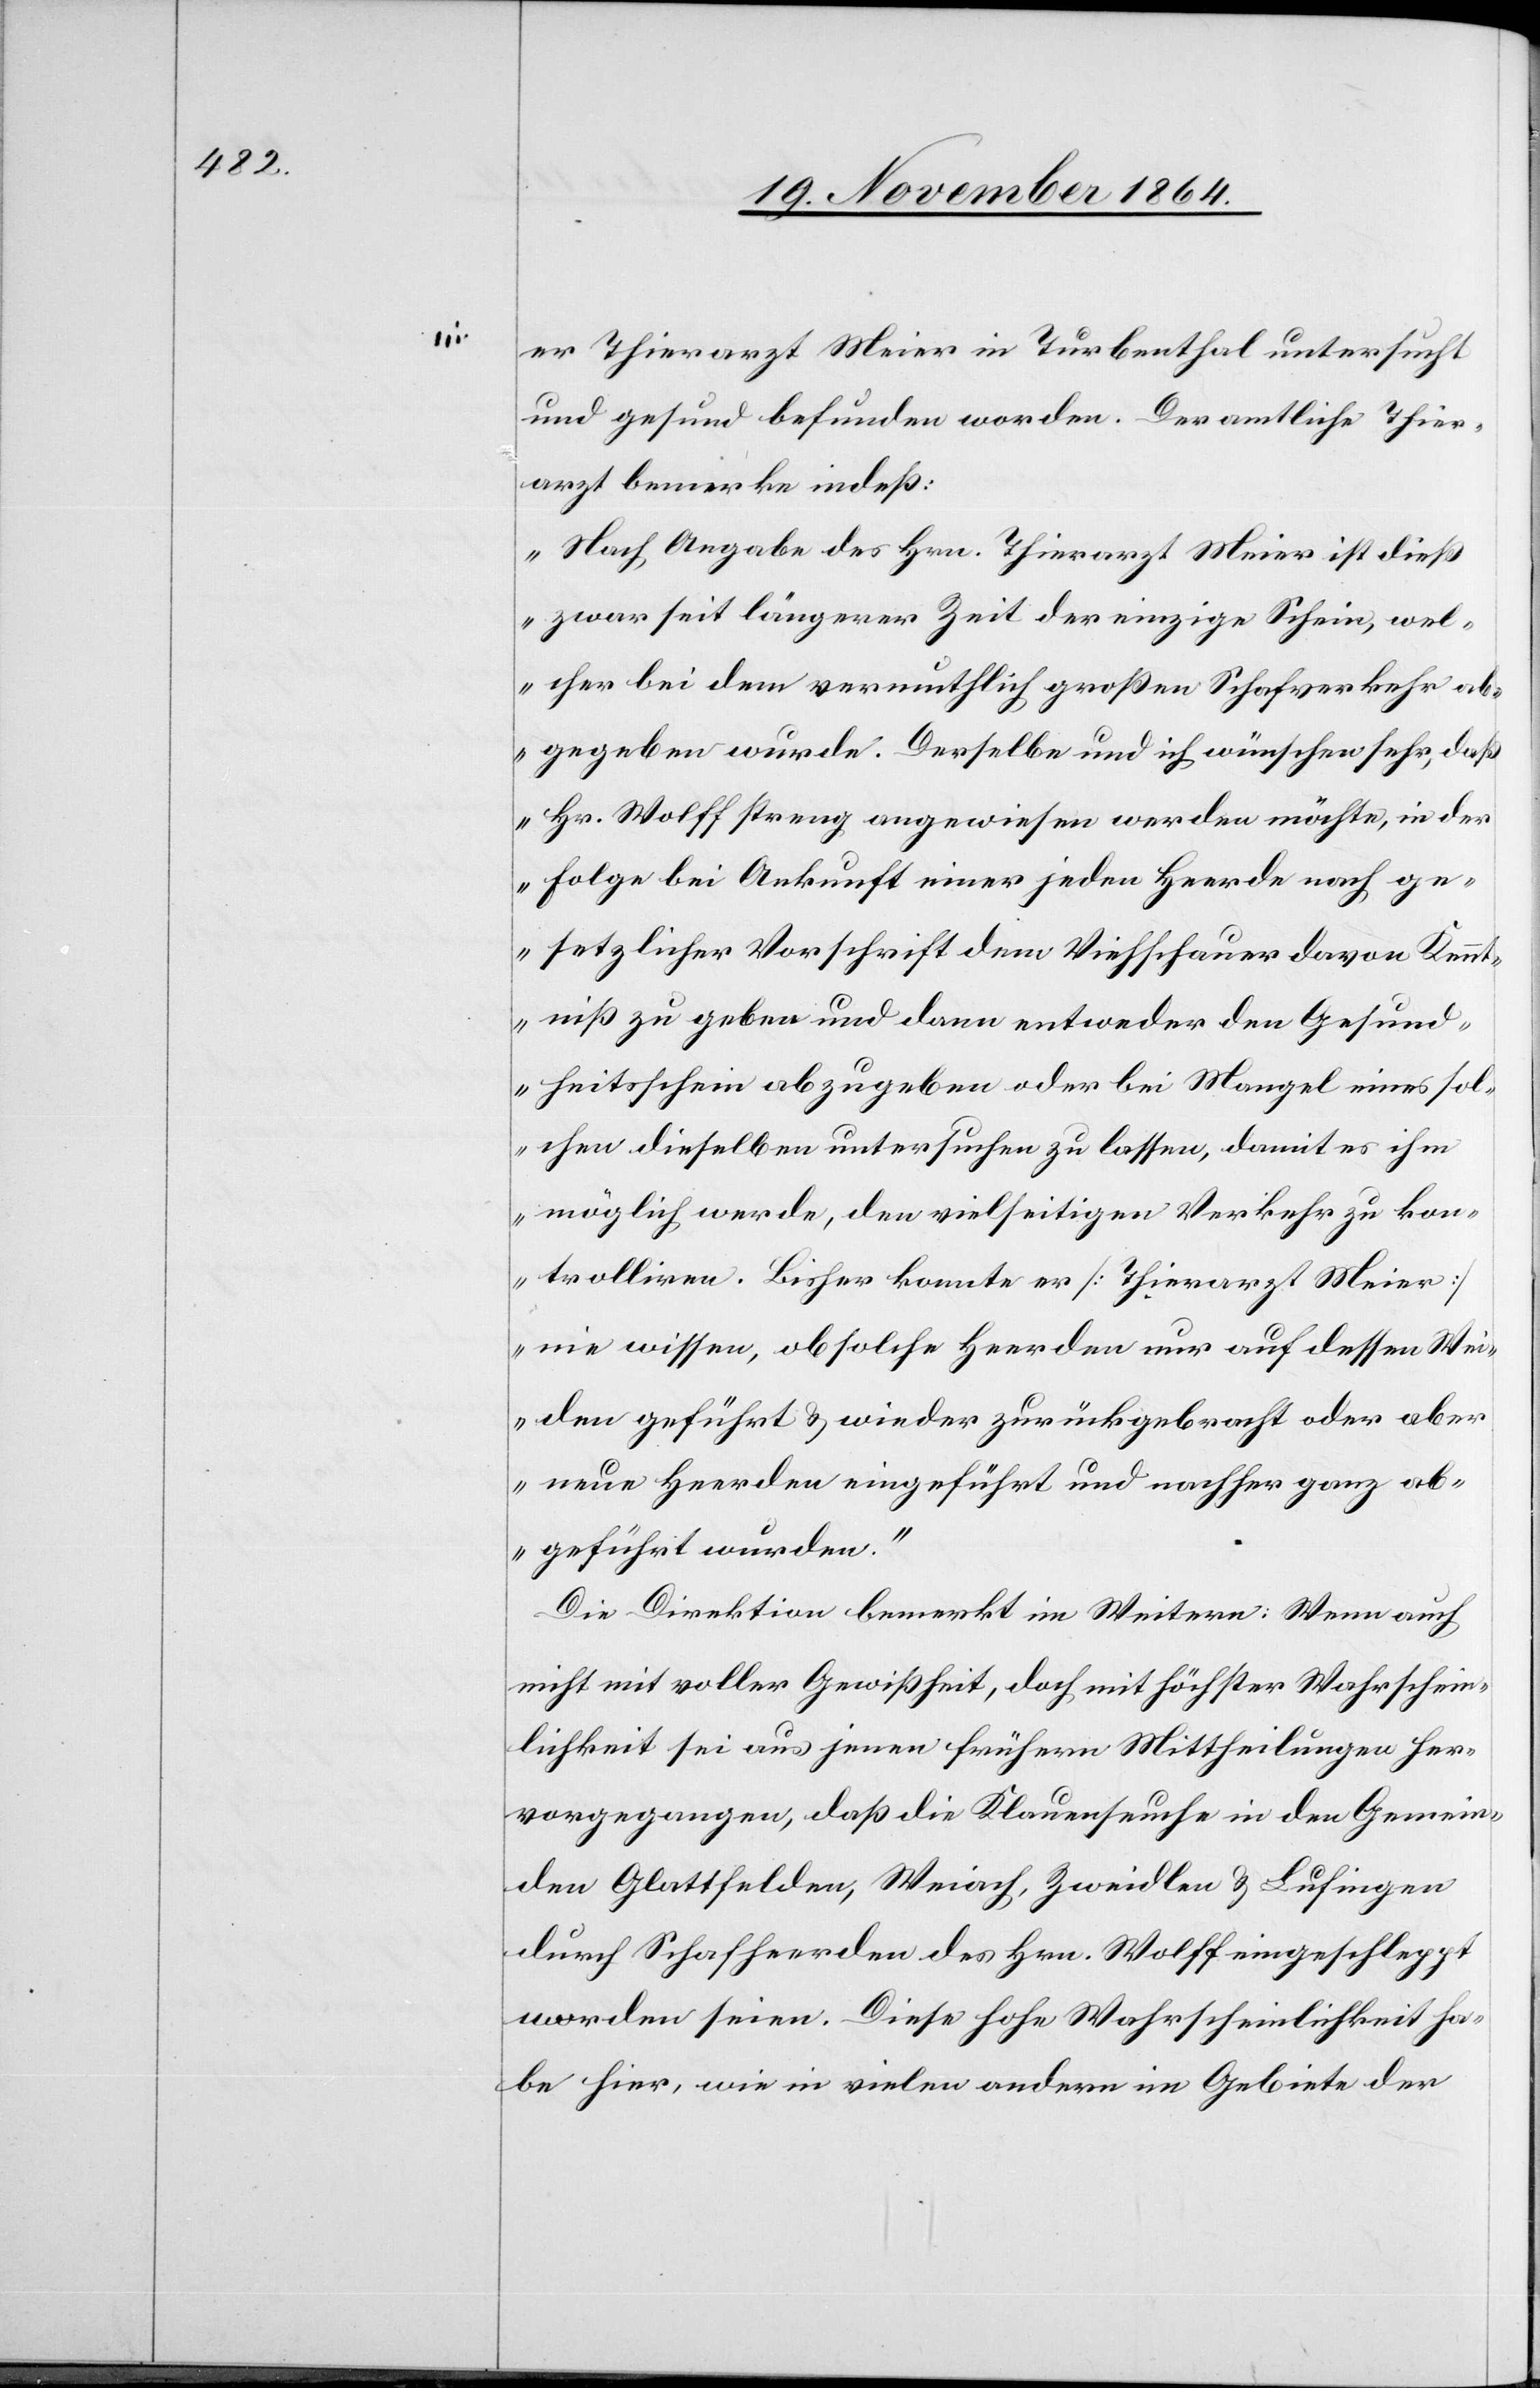
er Thierarzt Meier [sic!] in Turbenthal untersucht
und gesund befunden worden. Der amtliche Thier¬
arzt bemerkte indeß:
„Nach Angabe des Hrn. Thierarzt Meier ist dieß
zwar seit längerer Zeit der einzige Schein, wel¬
cher bei dem vermuthlich großen Schafverkehr ab¬
gegeben wurde. Derselbe und ich wünschen sehr, daß
Hr. Wolff streng angewiesen werden möchte, in der
Folge bei Ankunft einer jeden Heerde nach ge¬
setzlicher Vorschrift dem Viehschauer davon Kennt¬
niß zu geben und dann entweder den Gesund¬
heitsschein abzugeben oder bei Mangel eines sol¬
chen dieselben untersuchen zu lassen, damit es ihm
möglich werde, den vielseitigen Verkehr zu kon¬
trolliren. Bisher konnte er [Thierarzt Meier]
nie wissen, ob solche Heerden nur auf dessen Wei¬
den geführt & wieder zurückgebracht oder aber
neue Heerden eingeführt und nachher ganz ab¬
geführt wurden.“
Die Direktion bemerkt im Weitern: Wenn auch
nicht mit voller Gewißheit, doch mit höchster Wahrschein¬
lichkeit sei aus jenen frühern Mittheilungen her¬
vorgegangen, daß die Klauenseuche in den Gemein¬
den Glattfelden, Weiach, Zweidlen & Lufingen
durch Schafheerden des Hrn. Wolff eingeschleppt
worden seien. Diese hohe Wahrscheinlichkeit ha¬
be hier, wie in vielen andern im Gebiete der